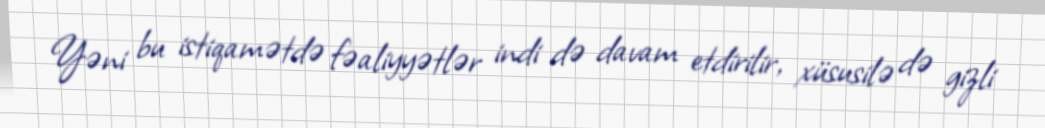
Yəni bu istiqamətdə fəaliyyətlər indi də davam etdirilir, xüsusilə də gizli